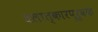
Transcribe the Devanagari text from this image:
बलात्कारपूर्वक